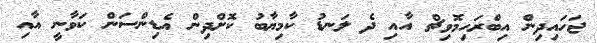
ޖަހައިދިން އިބްރަހިމޮވިޗް އާއި ދެ ލަނޑު ކާމިޔާބު ކޮށްދިން އެޑިންސަން ކަވާނީ އާއި